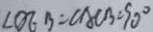
\angle O E B = \angle A C B = 9 0 ^ { \circ }